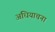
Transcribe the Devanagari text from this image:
अधियाचना